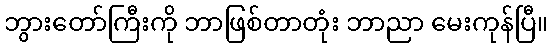
ဘွားတော်ကြီးကို ဘာဖြစ်တာတုံး ဘာညာ မေးကုန်ပြီ။